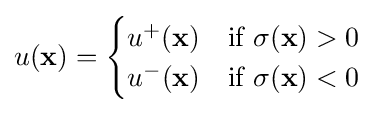
u(\mathbf {x} )={\begin{cases}u^{+}(\mathbf {x} )&{\text{if }}\sigma (\mathbf {x} )>0\\u^{-}(\mathbf {x} )&{\text{if }}\sigma (\mathbf {x} )<0\end{cases}}